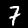
Digit: 7